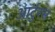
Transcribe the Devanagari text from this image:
आर्टुरस